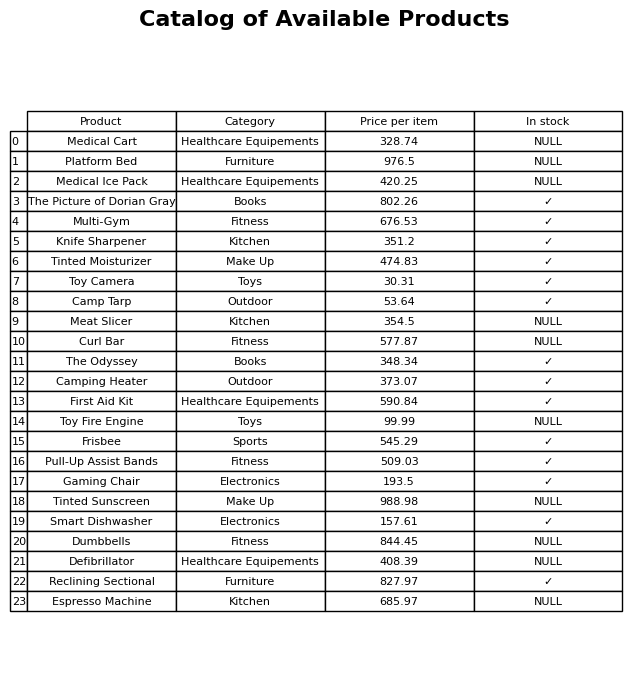
question: What is the price for Gaming Chair?
answer: The price of Gaming Chair is 193.5.